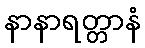
နာနာရတ္တာနံ